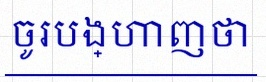
ចូរបង្ហាញថា